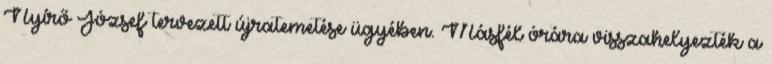
Nyírő József tervezett újratemetése ügyében. Másfél órára visszahelyezték a